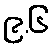
၉.၆